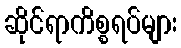
ဆိုင်ရာကိစ္စရပ်များ